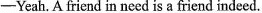
-Yeah. friend in need is a friend indeed.